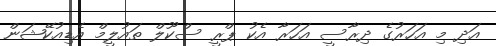
އަދި މި އަހަރުގެ ދިރާސީ އަހަރާ އެކު ޕްރީ ސްކޫލް ތައުލީމް އެޑިއުކޭޝަން